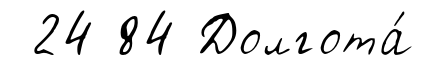
24 84 Долгота́